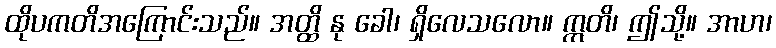
ထိုပကတိအကြောင်းသည်။ အတ္ထိ နု ခေါ၊ ရှိလေသလော။ ဣတိ၊ ဤသို့။ အာဟ၊